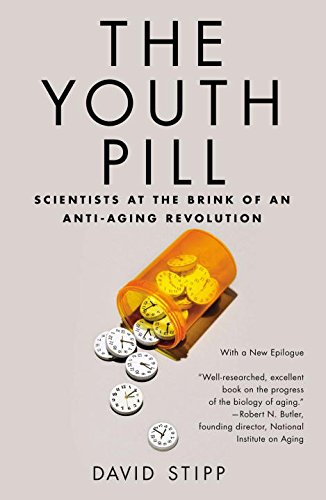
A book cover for The Youth Pill: Scientists at the Brink of an Anti-Aging Revolution; David Stipp; Business & Money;